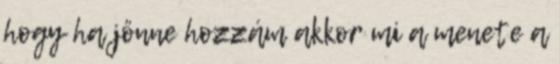
hogy ha jönne hozzám akkor mi a menete a